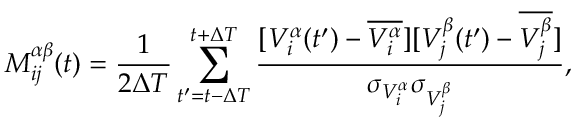
M _ { i j } ^ { \alpha \beta } ( t ) = \frac { 1 } { 2 \Delta T } \sum _ { t ^ { \prime } = t - \Delta T } ^ { t + \Delta T } \frac { [ V _ { i } ^ { \alpha } ( t ^ { \prime } ) - \overline { { V _ { i } ^ { \alpha } } } ] [ V _ { j } ^ { \beta } ( t ^ { \prime } ) - \overline { { V _ { j } ^ { \beta } } } ] } { \sigma _ { V _ { i } ^ { \alpha } } \sigma _ { V _ { j } ^ { \beta } } } ,